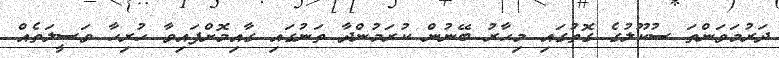
ދަރުމަވަންތަ ސުކޫލުގެ ގޮތުގައި މިހާރު ބޭނުން ކުރަމުންދާ ތަނުގައި ގާއިމޮށްފައިވާ ހުރިހާ ވަސީލަތެއް